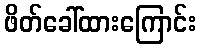
ဖိတ်ခေါ်ထားကြောင်း